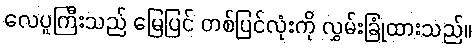
လေပူကြီးသည် မြေပြင် တစ်ပြင်လုံးကို လွှမ်းခြုံထားသည်။